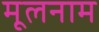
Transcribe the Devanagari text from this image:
मूलनाम